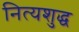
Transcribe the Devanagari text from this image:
नित्यशुद्ध